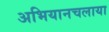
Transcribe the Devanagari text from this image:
अभियानचलाया